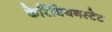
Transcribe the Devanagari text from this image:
केरिंथियनस्टेट